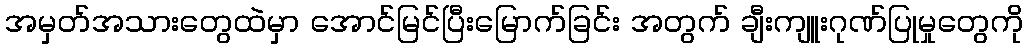
အမှတ်အသားတွေထဲမှာ အောင်မြင်ပြီးမြောက်ခြင်း အတွက် ချီးကျူးဂုဏ်ပြုမှုတွေကို